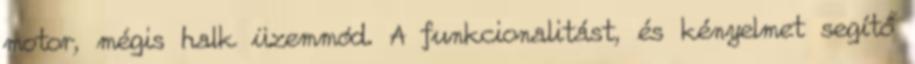
motor, mégis halk üzemmód. A funkcionalitást, és kényelmet segítő